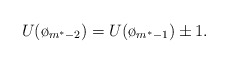
\begin{align*}U(\o_{m^*-2})=U(\o_{m^*-1})\pm1.\end{align*}